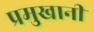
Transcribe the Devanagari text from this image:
प्रमुखानी